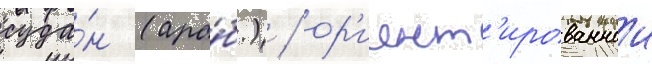
суда́н (ара́б.) / ор'иент'ированнои